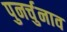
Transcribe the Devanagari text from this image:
पुनर्चुनाव